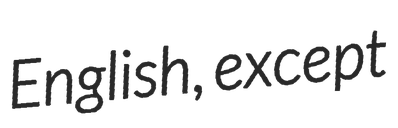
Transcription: English, except